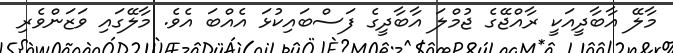
މާލޭ އާބާދީއަކީ ރާއްޖޭގެ ޖުމްލަ އާބާދީގެ ފަސްބައިކުޅަ އެއްބަ އެވެ. މާލޭގައި ވަޒަންވެރި